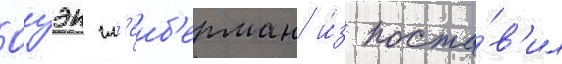
Оуэн гл'еиб'ерман и́з поста́в'ил